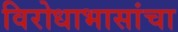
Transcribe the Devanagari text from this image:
विरोधाभासांचा